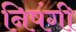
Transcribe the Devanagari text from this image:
निषंगी